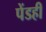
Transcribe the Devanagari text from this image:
पेंडही